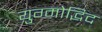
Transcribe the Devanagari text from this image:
युग्मोद्भिद